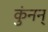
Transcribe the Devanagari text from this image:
कुंनन्